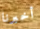
أخبرنا